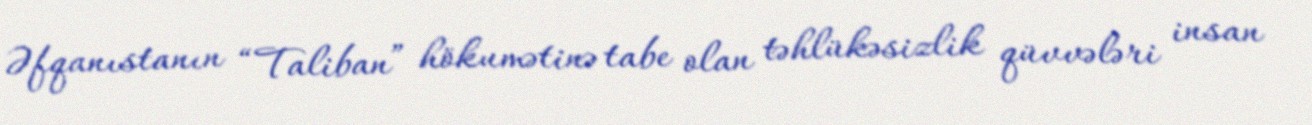
Əfqanıstanın “Taliban” hökumətinə tabe olan təhlükəsizlik qüvvələri insan